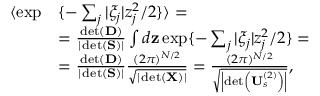
\begin{array} { r l } { \langle \exp } & { \{ - \sum _ { j } | \xi _ { j } | z _ { j } ^ { 2 } / 2 \} \rangle = } \\ & { = \frac { \operatorname* { d e t } ( \mathbf { D } ) } { | \operatorname* { d e t } ( \mathbf { S } ) | } \int d \mathbf { z } \exp \{ - \sum _ { j } | \xi _ { j } | z _ { j } ^ { 2 } / 2 \} = } \\ & { = \frac { \operatorname* { d e t } ( \mathbf { D } ) } { | \operatorname* { d e t } ( \mathbf { S } ) | } \frac { ( 2 \pi ) ^ { N / 2 } } { \sqrt { | \operatorname* { d e t } ( \mathbf { X } ) | } } = \frac { ( 2 \pi ) ^ { N / 2 } } { \sqrt { \left| \operatorname* { d e t } \left( \mathbf { U } _ { s } ^ { ( 2 ) } \right) \right| } } , } \end{array}